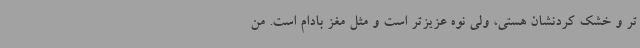
تر و خشک کردنشان هستی، ولی نوه عزیزتر است و مثل مغز بادام است. من